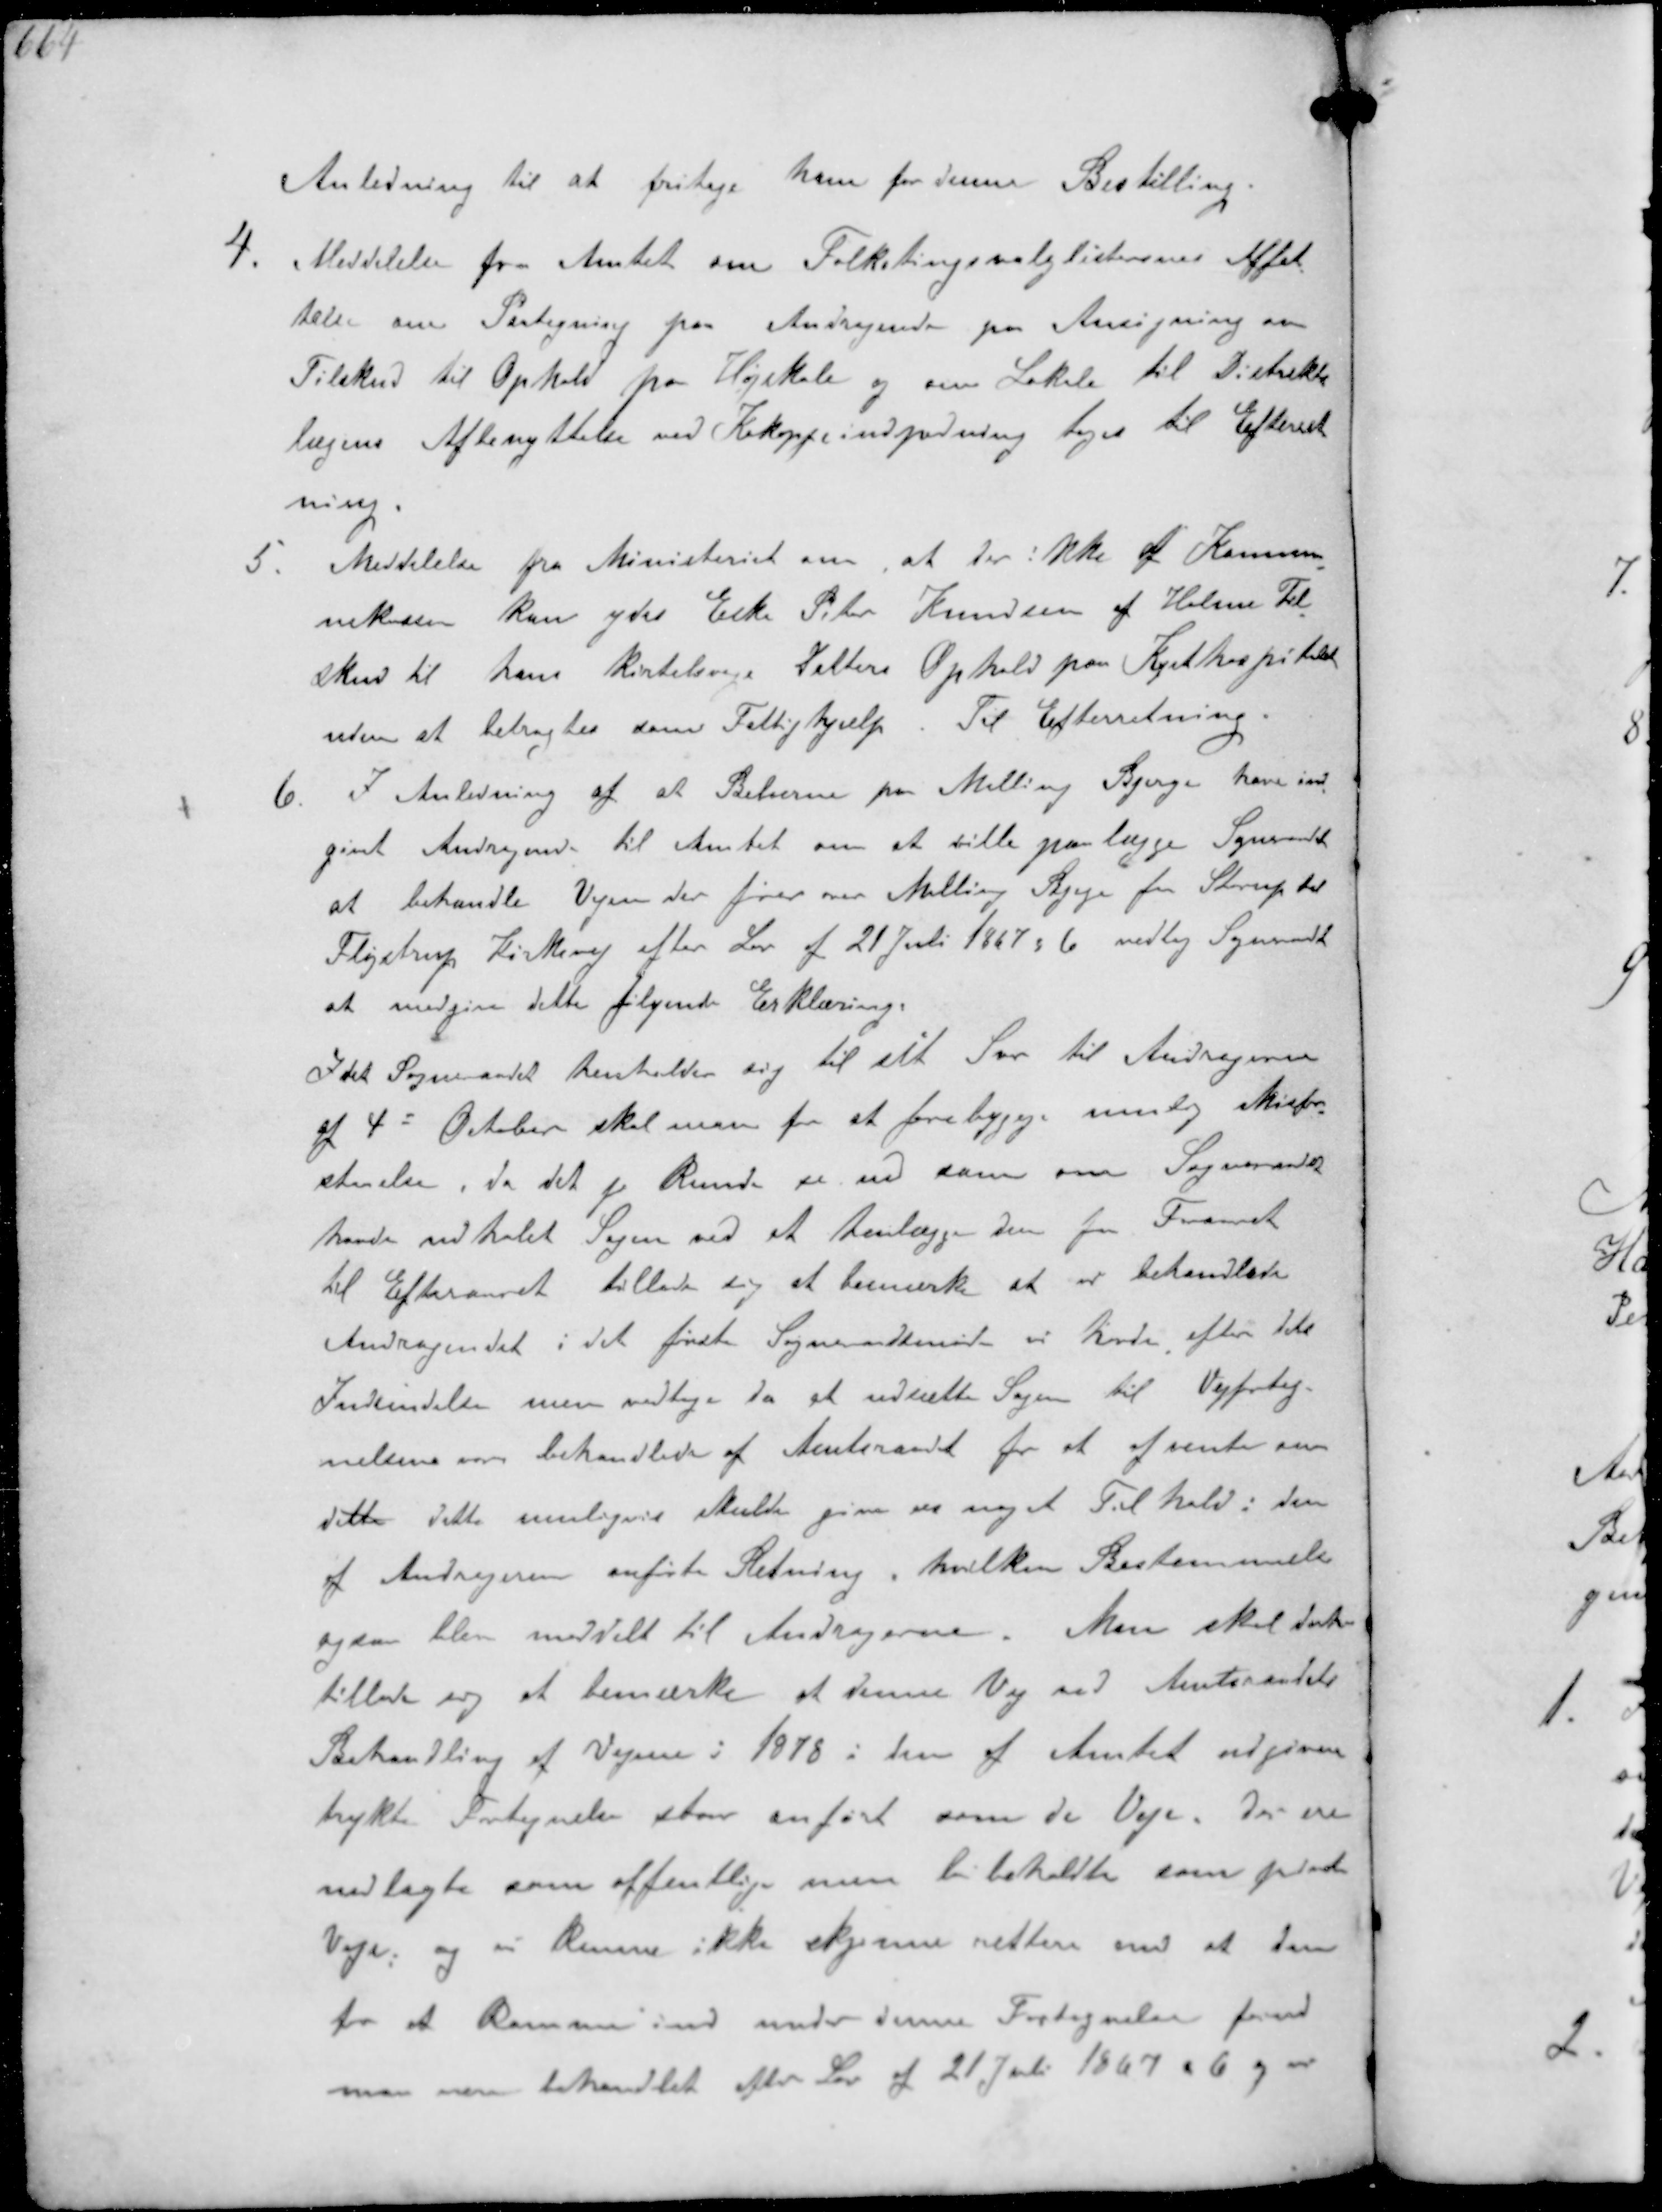
Transskription:
Anledning til at fritage ham for denne Bestilling
4. Meddelelse fra Amtet om Folketingsvalglisternes Affat-
telse om Paategning paa Andragende fra Ansøgning om
Tilskud til Ophold fra Højskole og om Lokale til Distrikt-
lægens Afbenyttelse ved Kokoppeindpodning toges til Efterret-
ning.
5 Meddelelse fra Ministeriet om, at der ikke af Kommu-
nekassen kan ydes Eik Peter Knudsen af Holme Til-
skud til hans kirtelsyge datters Ophold paa Kysthospitalet
uden at betragtes som Fattighjælp. Til Efterretning
6. I Anledning af et Beboerne paa Malling Bjerge have ind-
givet Andragende til Amtet om at ville paalægge Sogneraadet
at behandle Vejen der fører over Malling Bjerge fra Starup til
Fløjstrup Kirkevej efter Lov af 21 Juli 1867 § 6 vedtog Sogneraadet
at medgive dette følgende Erklæring.
Idet Sogneraadet henholder sig til sit Svar til Andragerne
af 4' October skal man for at forebygge mulig Misfor-
staaelse da det jo kunde se ud som om Sogneraadet
havde udhalet Sagen ved et henlægge den fra Foraaret
til Efteraaret tillade sig at bemærke at vi behandlede
Andragendet i det første Sogneraadsmøde vi havde efter dets
Indsendelse men vedtoge da at udsætte Sagen til Vejforteg-
nelserne var behandlede af Amtsraadet for at afvente om
dette dette muligvis skulde give os noget Tilhold i den
af Andrageren anviste Retning, hvilken Bestemmelse
ogsaa blev meddelt til Andragerne. Man skal derfor
tillade sig at bemærke at denne Vej ved Amtsraadets
Behandling af Vejene i 1878 i den af Amtet udgivne
trykte Fortegnelse staar anført som de Veje. der er
nedlagte som offentlig men bibeholdte som private
Veje og vi kunne ikke skjønne rettere end at den
for at komme ind under denne Fortegnelse forud
maa være behandlet efter Lov af 21 Juli 1867 § 6 og vi